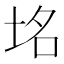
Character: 𮰞